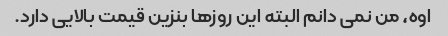
اوه، من نمی دانم البته این روزها بنزین قیمت بالایی دارد.